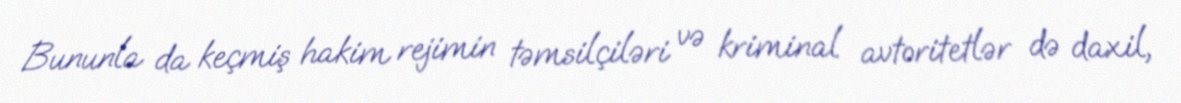
Bununla da keçmiş hakim rejimin təmsilçiləri və kriminal avtoritetlər də daxil,